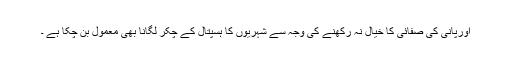
اورپانی کی صفائی کا خیال نہ رکھنے کی وجہ سے شہریوں کا ہسپتال کے چکر لگانا بھی معمول بن چکا ہے ۔